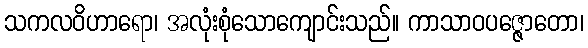
သကလဝိဟာရော၊ အလုံးစုံသောကျောင်းသည်။ ကာသာဝပဇ္ဇောတော၊